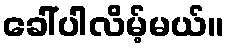
ခေါ်ပါလိမ့်မယ်။